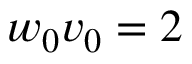
\boldsymbol { w } _ { 0 } \boldsymbol { v } _ { 0 } = 2